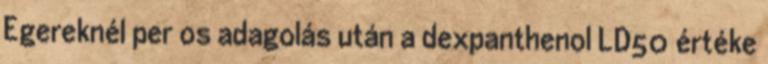
Egereknél per os adagolás után a dexpanthenol LD50 értéke